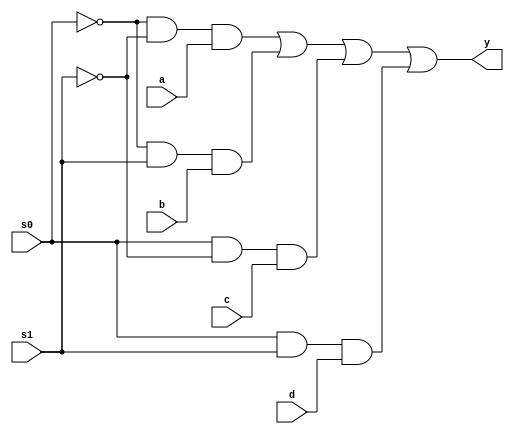
module mux41p(s0,s1,a,b,c,d,y);
     input s0,s1,a,b,c,d;
     output y;
     wire x0,x1,x2,x3,s0b,s1b;
     not(s0b,s0);
     not(s1b,s1);
     and(x0,s0b,s1b,a);
     and(x1,s0b,s1,b);
     and(x2,s0,s1b,c);
     and(x3,s0,s1,d);
     or(y,x0,x1,x2,x3);
     endmodule